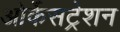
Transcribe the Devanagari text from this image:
ओर्केसट्रेशन